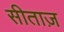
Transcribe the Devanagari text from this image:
सीताज़